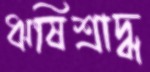
ঋষিশ্রাদ্ধ